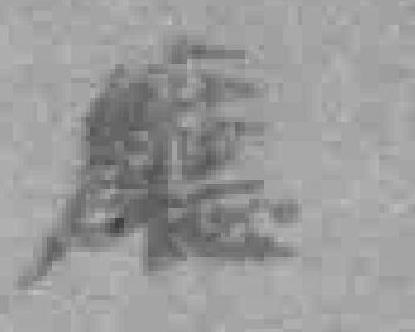
廳